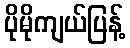
ပိုမိုကျယ်ပြန့်